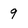
Character: 9